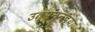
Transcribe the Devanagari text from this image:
उत्पन्नच्या